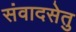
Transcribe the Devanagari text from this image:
संवादसेतु